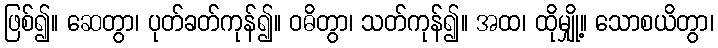
ဖြစ်၍။ ဆေတွာ၊ ပုတ်ခတ်ကုန်၍။ ဝဓိတွာ၊ သတ်ကုန်၍။ အထ၊ ထိုမျှို့။ သောစယိတွာ၊